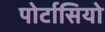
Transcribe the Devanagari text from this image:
पोर्टासियो